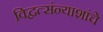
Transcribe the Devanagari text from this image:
विद्वत्संन्याशांचे